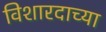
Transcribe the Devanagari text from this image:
विशारदाच्या